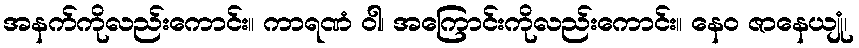
အနက်ကိုလည်းကောင်း။ ကာရဏံ ဝါ၊ အကြောင်းကိုလည်းကောင်း။ နေဝ ဇာနေယျုံ၊